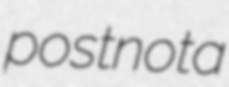
postnota